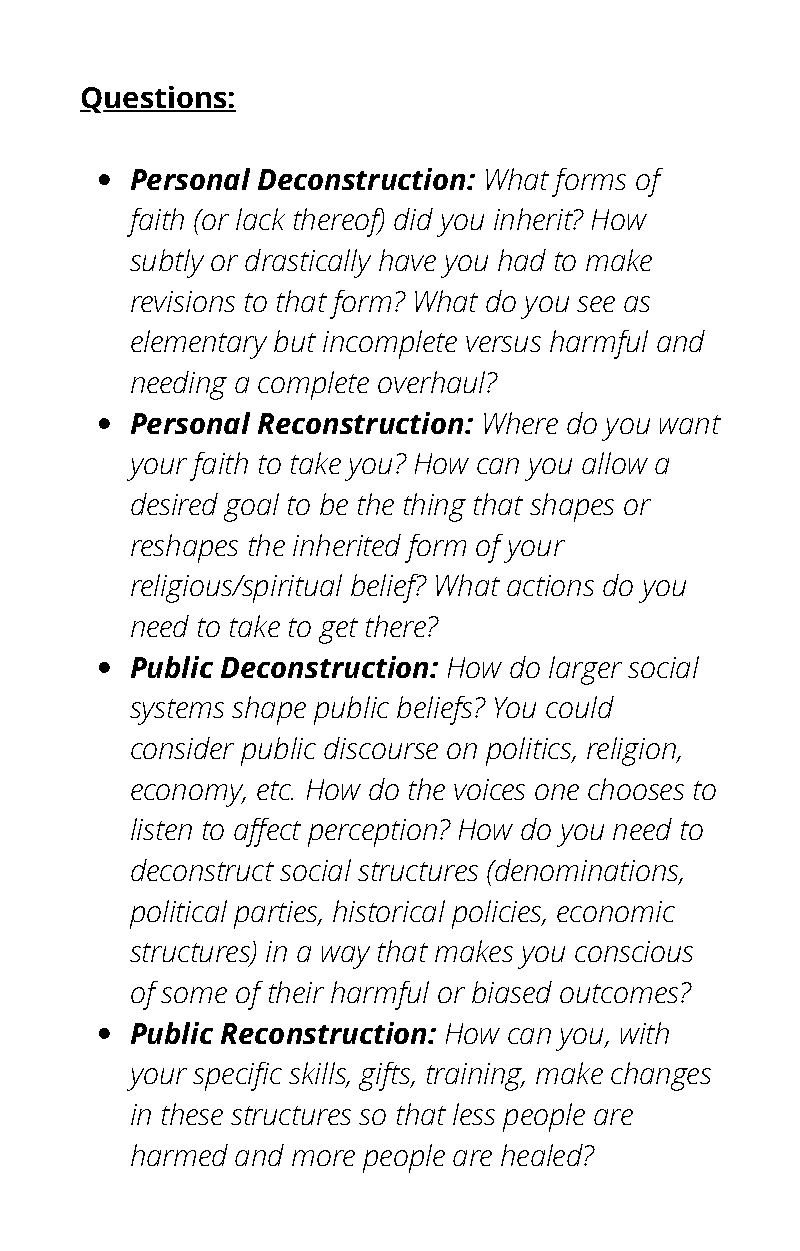
Questions:
 Personal Deconstruction: What forms of
 faith (or lack thereof) did you inherit? How
 subtly or drastically have you had to make
 revisions to that form? What do you see as
 elementary but incomplete versus harmful and
 needing a complete overhaul?
 Personal Reconstruction: Where do you want
 your faith to take you? How can you allow a
 desired goal to be the thing that shapes or
 reshapes the inherited form of your
 religious/spiritual belief? What actions do you
 need to take to get there?
 Public Deconstruction: How do larger social
 systems shape public beliefs? You could
 consider public discourse on politics, religion,
 economy, etc. How do the voices one chooses to
 listen to affect perception? How do you need to
 deconstruct social structures (denominations,
 political parties, historical policies, economic
 structures) in a way that makes you conscious
 of some of their harmful or biased outcomes?
 Public Reconstruction: How can you, with
 your specific skills, gifts, training, make changes
 in these structures so that less people are
 harmed and more people are healed?